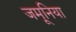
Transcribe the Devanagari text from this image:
जमूनिया